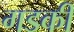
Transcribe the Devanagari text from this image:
गडकी